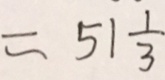
= 5 1 \frac { 1 } { 3 }